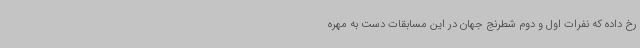
رخ داده که نفرات اول و دوم شطرنج جهان در این مسابقات دست به مهره